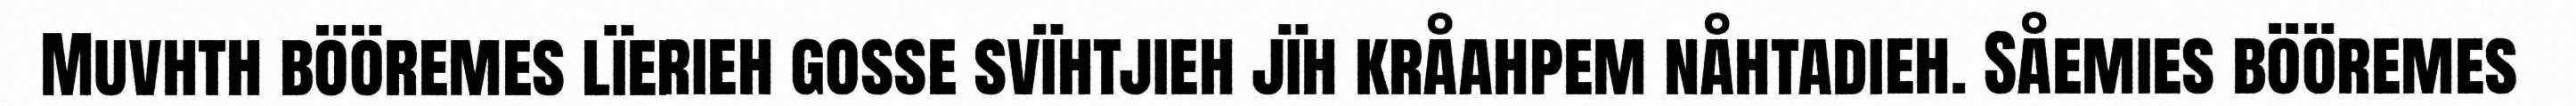
Muvhth bööremes lïerieh gosse svïhtjieh jïh kråahpem nåhtadieh. Såemies bööremes